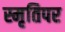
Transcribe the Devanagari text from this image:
स्मृतिपर